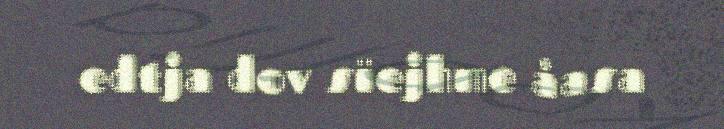
edtja dov sïejhme åasa